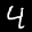
Label: 4